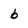
Character: b